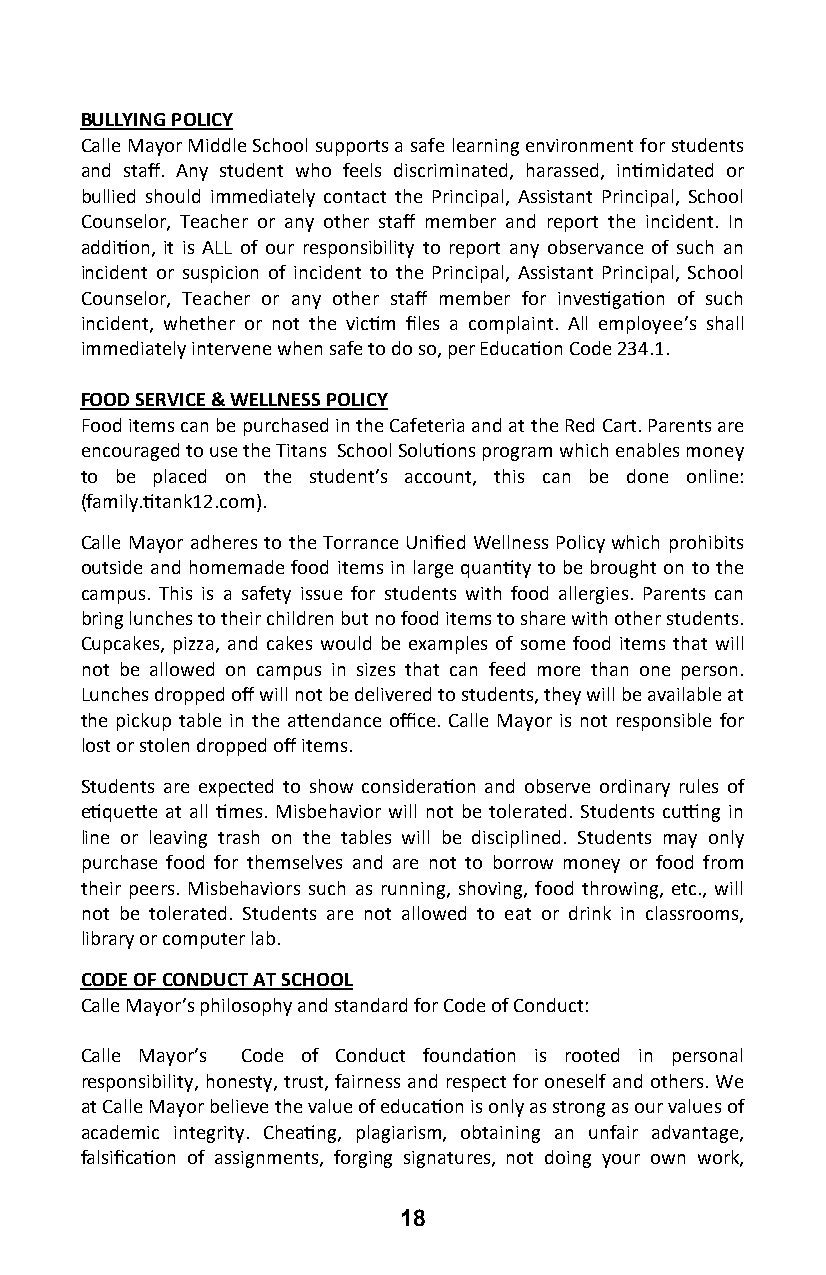
BULLYING POLICY
 Calle Mayor Middle School supports a safe learning environment for students
 and staff. Any student who feels discriminated, harassed, intimidated or
 bullied should immediately contact the Principal, Assistant Principal, School
 Counselor, Teacher or any other staff member and report the incident. In
 addition, it is ALL of our responsibility to report any observance of such an
 incident or suspicion of incident to the Principal, Assistant Principal, School
 Counselor, Teacher or any other staff member for investigation of such
 incident, whether or not the victim files a complaint. All employee’s shall
 immediately intervene when safe to do so, per Education Code 234.1.
 FOOD SERVICE & WELLNESS POLICY
 Food items can be purchased in the Cafeteria and at the Red Cart. Parents are
 encouraged to use the Titans School Solutions program which enables money
 to be placed on the student’s account, this can be done online:
 (family.titank12.com).
 Calle Mayor adheres to the Torrance Unified Wellness Policy which prohibits
 outside and homemade food items in large quantity to be brought on to the
 campus. This is a safety issue for students with food allergies. Parents can
 bring lunches to their children but no food items to share with other students.
 Cupcakes, pizza, and cakes would be examples of some food items that will
 not be allowed on campus in sizes that can feed more than one person.
 Lunches dropped off will not be delivered to students, they will be available at
 the pickup table in the attendance office. Calle Mayor is not responsible for
 lost or stolen dropped off items.
 Students are expected to show consideration and observe ordinary rules of
 etiquette at all times. Misbehavior will not be tolerated. Students cutting in
 line or leaving trash on the tables will be disciplined. Students may only
 purchase food for themselves and are not to borrow money or food from
 their peers. Misbehaviors such as running, shoving, food throwing, etc., will
 not be tolerated. Students are not allowed to eat or drink in classrooms,
 library or computer lab.
 CODE OF CONDUCT AT SCHOOL
 Calle Mayor’s philosophy and standard for Code of Conduct:
 Calle Mayor’s Code of Conduct foundation is rooted in personal
 responsibility, honesty, trust, fairness and respect for oneself and others. We
 at Calle Mayor believe the value of education is only as strong as our values of
 academic integrity. Cheating, plagiarism, obtaining an unfair advantage,
 falsification of assignments, forging signatures, not doing your own work,
 18